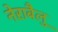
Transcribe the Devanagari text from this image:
नेराबैलु